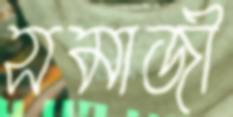
সমাজী